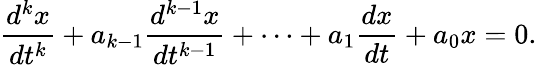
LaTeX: {\frac{d^{k}x}{dt^{k}}}+a_{k-1}{\frac{d^{k-1}x}{dt^{k-1}}}+\cdots+a_{1}{\frac{dx}{dt}}+a_{0}x=0.